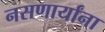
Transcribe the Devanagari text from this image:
नसणार्यांना